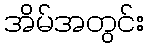
အိမ်အတွင်း